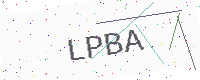
Text: LPBA